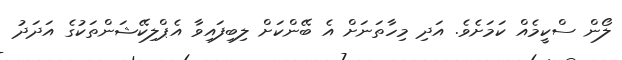
ލޯން ސްކީމެއް ކަމަށެވެ. އަދި މިހާތަނަށް އެ ބޭންކަށް ލިބިފައިވާ އެޕްލިކޭޝަންތަކުގެ އަދަދު